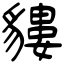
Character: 貗